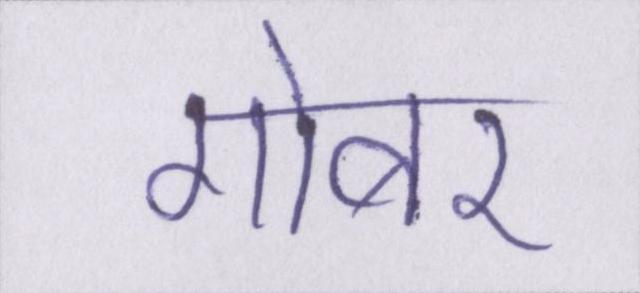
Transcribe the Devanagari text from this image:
गोबर